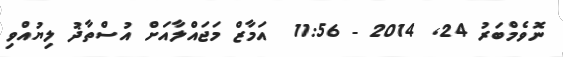
ނޮވެމްބަރު 24